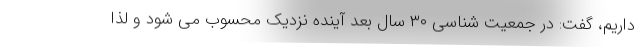
داریم، گفت: در جمعیت شناسی ۳۰ سال بعد آینده نزدیک محسوب می شود و لذا